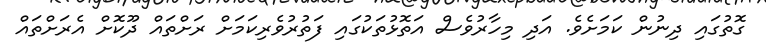
ގޮތުގައި ދިނުން ކަމަށެވެ. އަދި މިހާރުވެސް އަތޮޅުތަކުގައި ފަތުރުވެރިކަމަށް ރަށްތައް ދޫކޮށް އެރަށްތައް